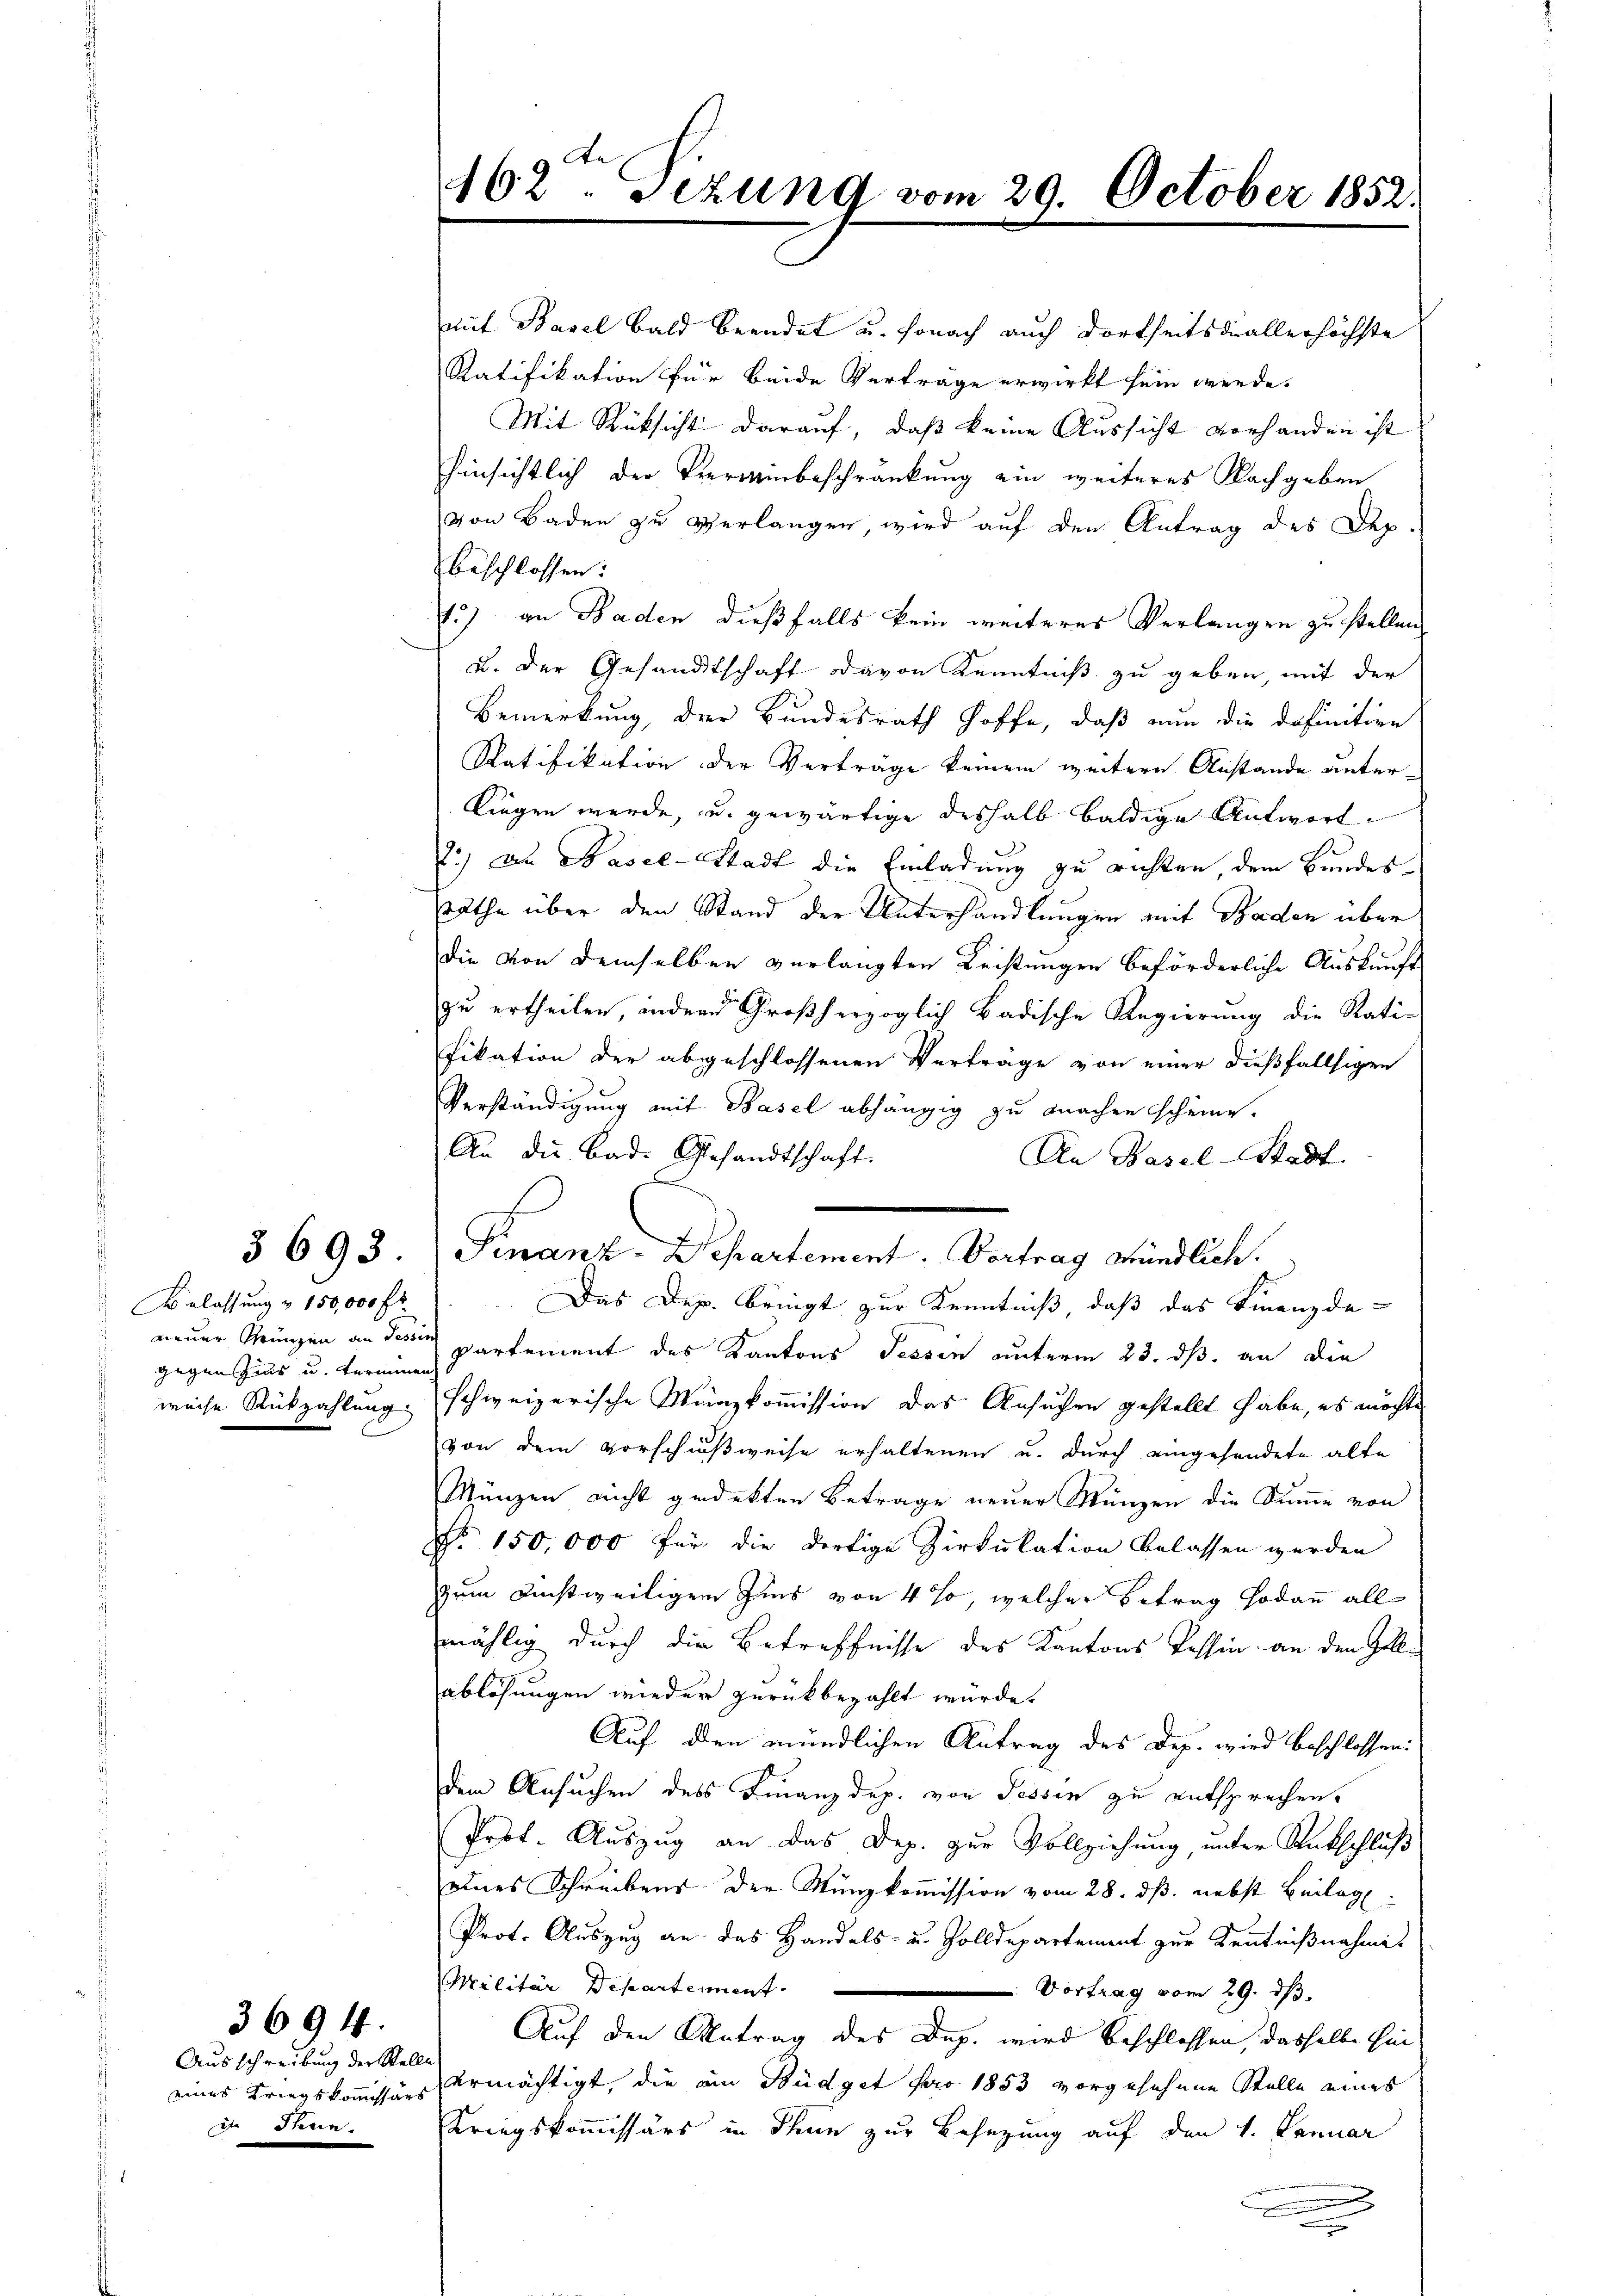
gegen Zins u. terminen
weise Rückzahlung.

§ 693

Ausschreibung der Stelle
eines Kriegskommissärs
2 Provin

3694.

mit Basel bald beendet u. sonach auch dortheits du allerhöchste
Ratifikation für beide Verträge erwirkt sein werde.
Mit Rüksicht darauf, daß keine Aussicht vorhanden ist
hinsichtlich der Vierwinbeschränkung ein weiteres Nachgeben
von Baden zu verlangen, wird auf den Antrag des Dep.
beschlossen:
1.) an Baden dießfalls kein weiteres Verlangen zu stellen,
u. der Gesandtschaft davon Kenntniß zu geben, mit der
Bemerkung, der Bundesrath hoffe, daß nun die definitive
Ratifikation der Verträge keinem weitere Anstande unter-
liegen werde, und gewärtige deshalb baldige Antwort¬
2.) an Basel-Stadt die Einladung zu richten, dem Bundessräthe über den Stand der Unterhandlungen mit Baden über
die von demselben verlangten Leistungen beförderliche Auskunft
zu ertheilen, indern Großherzoglich badische Regierung die Rati-
fikation der abgeschlossenen Verträge von einer dießfallsigen
Verständigung mit Basel abhängig zu machen scheine.
An die Bad. Gesandtschaft.
An Basel-Stadt
.
Belassung u 150,000 Fr. Das Dep. bringt zur Kenntniß, daß das Finanzde-
neuer Kränzen an dessen partement des Kantons Tessin unterm 23. ds. an die
schweizerische Münzkommission das Ansuchen gestellt habe, es möchte
von dem Vorschußweise erhaltenen u. durch eingehendete alte
Münzen nicht gedekten Betrage neuer Münzen die Summe von
No. 150,000 für die dortige Zirkulation belassen werden
zum Dinstweiligen Zins von 4 %, welcher Betrag Hodann all
mählig durch die Betreffnisse des Kantons Tessin, an den Gelablösungen wieder zurückbezahlt würde.
Auf den mündlichen Antrag des Dep. wird beschlossen:
dem Ansuchen des Finanzdep. von Tessin zu entsprechen.
Prot. Auszug an das Dep. zur Vollziehung, unter Rutschluß
eines Schreibens der Münzkommission vom 28. dß. nebst Beilag
Prot. Auszug an das Handels- u. Zolldepartement zur Kenntnißnahme
Militär Departeient.
 Vortrag vom 29. ds.
Auf den Antrag des Dap. wird beschlossen, dasselbe hinermächtigt, die am Büdget pro 1853 vorgesehene Stelle eines
Kriegskommissärs in Thun zur Besezung auf den 1. Januar
n

462ten Fezung vom 29. October 1852.

Finanz-Departement. Vortrag mündlich.